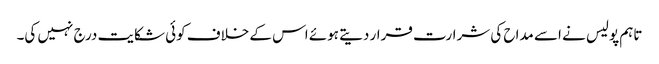
تاہم پولیس نے اسے مداح کی شرارت قرار دیتے ہوئے اس کے خلاف کوئی شکایت درج نہیں کی۔